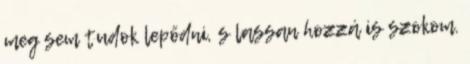
meg sem tudok lepődni, s lassan hozzá is szokom.